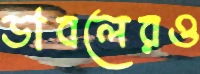
ডাবলেরও